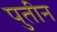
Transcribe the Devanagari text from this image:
पुतीन